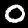
Digit: 0